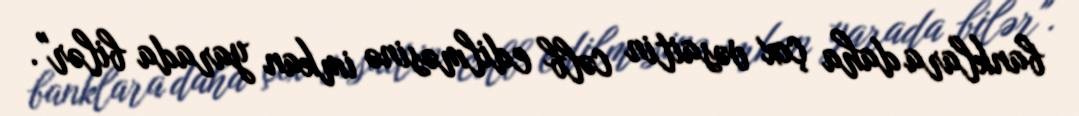
banklara daha çox vəsaitin cəlb edilməsinə imkan yarada bilər".